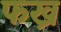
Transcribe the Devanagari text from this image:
फख्र